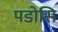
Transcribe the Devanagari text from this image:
पडोसि